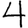
Digit: 4